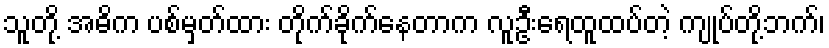
သူတို့ အဓိက ပစ်မှတ်ထား တိုက်ခိုက်နေတာက လူဦးရေထူထပ်တဲ့ ကျုပ်တို့ဘက်၊